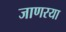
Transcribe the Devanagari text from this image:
जाणरया